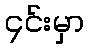
၄င်းမှာ